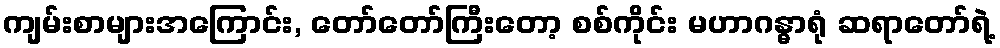
ကျမ်းစာများအကြောင်း, တော်တော်ကြီးတော့ စစ်ကိုင်း မဟာဂန္ဓာရုံ ဆရာတော်ရဲ့